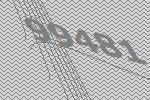
99481